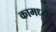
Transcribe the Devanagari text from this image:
कामध्ये